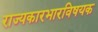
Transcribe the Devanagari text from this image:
राज्यकारभारविषयक